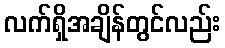
လက်ရှိအချိန်တွင်လည်း